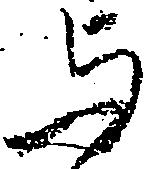
与